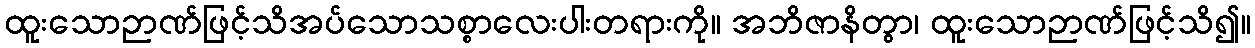
ထူးသောဉာဏ်ဖြင့်သိအပ်သောသစ္စာလေးပါးတရားကို။ အဘိဇာနိတွာ၊ ထူးသောဉာဏ်ဖြင့်သိ၍။